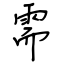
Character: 需